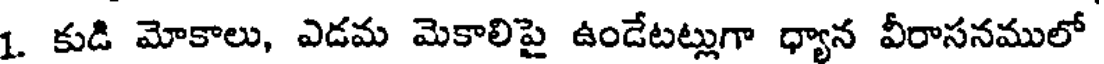
1. కుడి మోకాలు, ఎడమ మెకాలిపై ఉండేటట్లుగా ధ్యాన వీరాసనములో